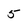
Character: 5